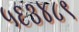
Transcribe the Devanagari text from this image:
५६३४८९